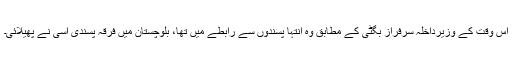
اس وقت کے وزیرداخلہ سرفراز بگٹی کے مطابق وہ انتہا پسندوں سے رابطے میں تھا، بلوچستان میں فرقہ پسندی اسی نے پھیلائی۔